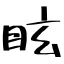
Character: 眩